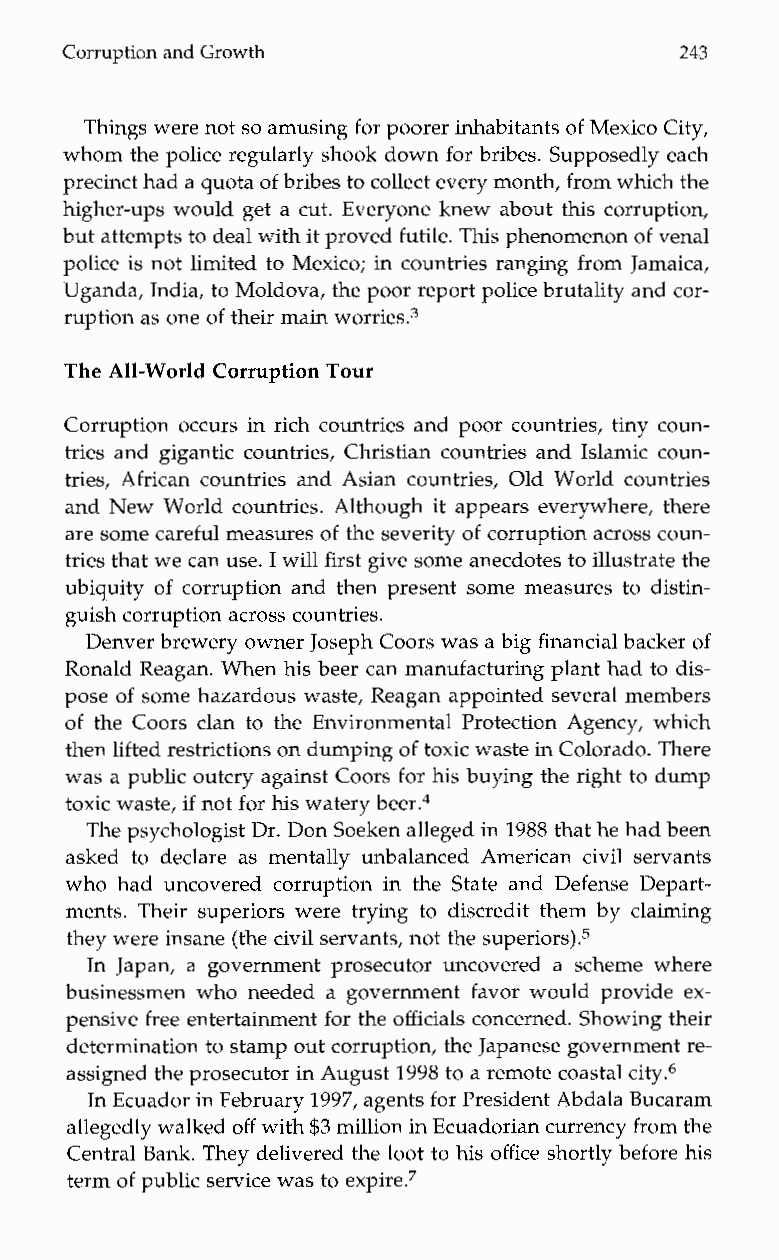
Corruption and Growth                    243
 Things were not so amusing for poorer inhabitantso f Mexico City,
 whom the police regularly shook down for bribes. Supposedly each
 precinct had a quotao f bribes to collect every month, from which the
 higher-ups would get a cut. Everyone knew about this corruption,
 but attempts to deal with it provefudt ile. This phenomenon of venal
 police is not limited to Mexico; in countries ranging from Jamaica,
 Uganda, India, to Moldova, the poor report police brutality and cor-
 ruption as oneo f their main worries3
 The All-World Corruption Tour
 Corruption occurs in rich countries and poor countries, tiny coun-
 tries and gigantic countries, Christian countries and Islamic coun-
 tries, African countries and Asian countries, Old World countries
 and New World countries. Although it appears everywhere, there
 are some careful measures of the severity of corruption across coun-
 tries that we can use. I will first give some anecdotes to illustrate the
 ubiquity of corruption and then present some measures to distin-
 guish corruption across countries.
 Denver brewery owner JosephC oors was a big financial backer of
 Ronald Reagan. When his beer can manufacturing plant had to dis-
 pose of some hazardous waste, Reagan appointed several members
 of the Coors clan to the Environmental Protection Agency, which
 then lifted restrictions on dumpingo f toxic waste in Colorado.T here
 was a public outcry against Coors for his buying the right to dump
 toxic waste, if not for his watery beer.4
 The psychologist Dr. Don Soeken alleged in 1988 that he hadb een
 askedt o declare as mentally unbalanced American civil servants
 who had uncovered corruption in the State and Defense Depart-
 ments. Their superiors were trying to discredit them by claiming
 they were insane (thec ivil servants, not the superior^).^
 In Japan, a government prosecutor uncovered a scheme where
 businessmen who needed a government favor would provide ex-
 pensive free entertainment for the officials concerned. Showing their
 determination to stamp out corruption, the Japanese governmentr e-
 assigned the prosecutor in August1 998 to a remote coastal city.6
 In Ecuador in February 1997, agents for President Abdala Bucaram
 allegedly walkedo ff with $3 million in Ecuadorian currency from the
 Central Bank. They delivered the loot to his office shortly before his
 term of public service was to e~pire.~